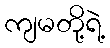
ကျမတို့ရဲ့